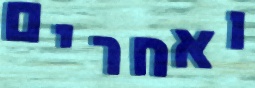
ואחרים